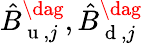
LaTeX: \hat{B}_{\mathrm{~u~},j}^{\dag},\hat{B}_{\mathrm{~d~},j}^{\dag}